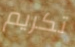
تكريم